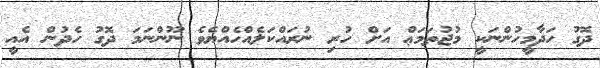
ދޮގު ހަދާމީހުންނަކީ މުޖުތަމަޢް އަށް ހުރި ނުރައްކަލެއްހެއްޔެވެ ނޫންނަމަ ދޮގު ހެދުން އެއީ